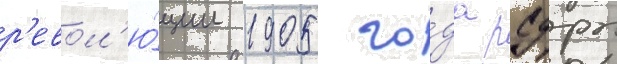
р'евол'ю́ции 1905 го́да рсдрп